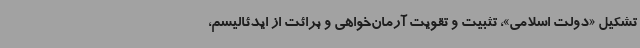
تشکیل «دولت اسلامی»، تثبیت و تقویت آرمان‌خواهی و برائت از ایدئالیسم،